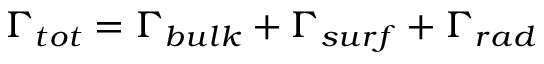
\Gamma _ { t o t } = \Gamma _ { b u l k } + \Gamma _ { s u r f } + \Gamma _ { r a d }